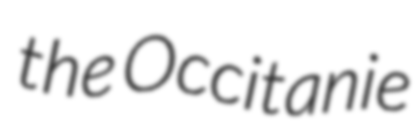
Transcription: the Occitanie